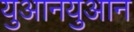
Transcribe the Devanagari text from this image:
युआनयुआन